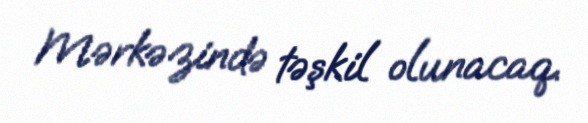
Mərkəzində təşkil olunacaq.